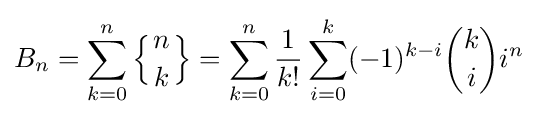
B_{n}=\sum _{k=0}^{n}\left\{{n \atop k}\right\}=\sum _{k=0}^{n}{\frac {1}{k!}}\sum _{i=0}^{k}(-1)^{k-i}{\binom {k}{i}}i^{n}